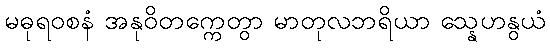
မဓုရဝစနံ အနုဝိတက္ကေတွာ မာတုလဘရိယာ သ္နေဟနွယံ